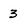
Character: 3